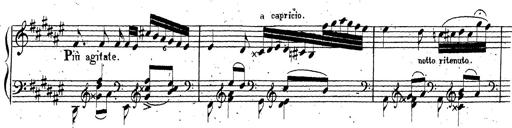
Title: Canzone Napolitana
Composer: Franz Liszt